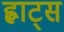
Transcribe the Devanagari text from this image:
ह्वाट्‍स